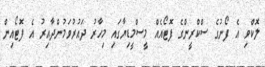
ލޮކްވި އެ ފޯނުގެ ސްކްރީންގެ ފޮޓޯއެއް މީސްމީޑިޔާގައި މިހާރު ދައުރުވަމުންދާއިރު އެ ފޮޓޯއިން